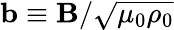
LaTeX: {\mathbf b}\equiv{\mathbf B}/\sqrt{\mu_{0}\rho_{0}}